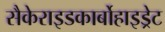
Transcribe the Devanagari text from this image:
सैकेराइडकार्बोहाइड्रेट